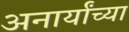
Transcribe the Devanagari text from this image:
अनार्यांच्या